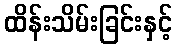
ထိန်းသိမ်းခြင်းနှင့်